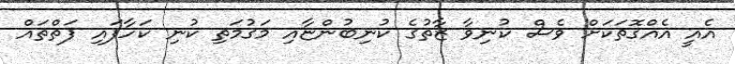
އެއީ އެއްގޮތަކަށް ވެސް ކުނިވާ ޒާތުގެ ކުނިބުންޏާއި މަގުމަތި ކުނި ކަހާފައި ފަތްތައް